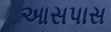
આસપાસ